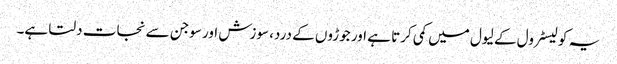
یہ کولیسٹرول کے لیول میں کمی کرتا ہے اور جوڑوں کے درد، سوزش اور سوجن سے نجات دلتا ہے۔